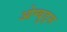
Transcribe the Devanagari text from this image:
ओम्बुड्स